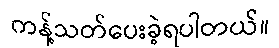
ကန့်သတ်ပေးခဲ့ရပါတယ်။